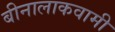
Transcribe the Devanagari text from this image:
बीनालाकवामी